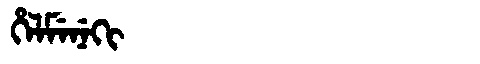
Manchu: ᡥᡝᠯᠮᡝᠨᡝᡴᡳ
Romanization: HELMENEKI